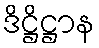
ဒိဋ္ဌိဋ္ဌာန